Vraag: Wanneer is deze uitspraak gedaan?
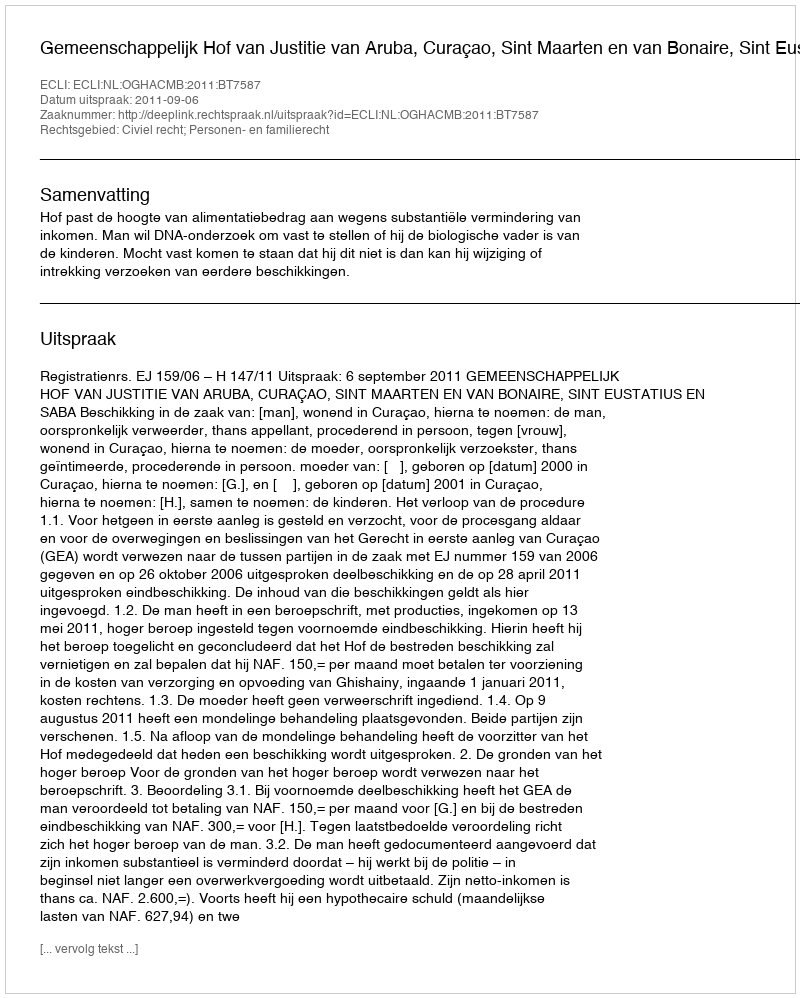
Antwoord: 2011-09-06